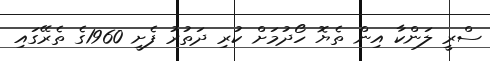
ސްރީ ލަންކާ އިން ތެޔޮ ހޯދުމަށް ކުރި ދަތުރު ފެށީ 1960ގެ ތެރޭގައި